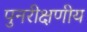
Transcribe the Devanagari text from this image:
पुनरीक्षणीय